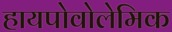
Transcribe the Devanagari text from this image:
हायपोवोलेमिक